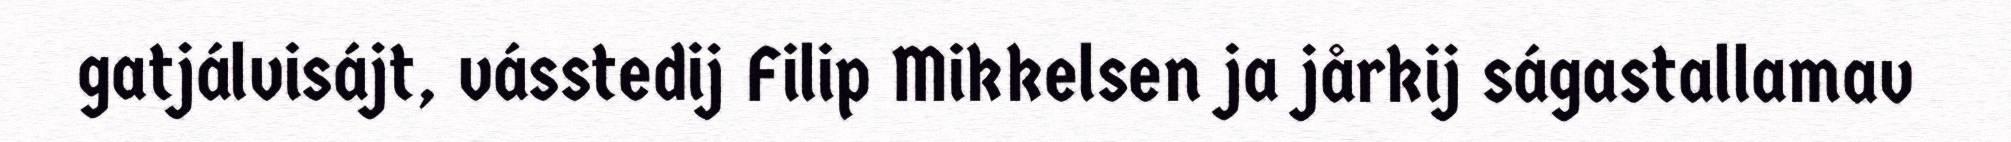
gatjálvisájt, vásstedij Filip Mikkelsen ja jårkij ságastallamav